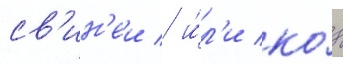
св'ин'еи / и́л'и ко́з